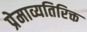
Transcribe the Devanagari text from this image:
प्रेमाव्यतिरिक्त